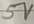
Text: 5V